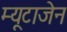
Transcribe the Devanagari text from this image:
म्यूटाजेन